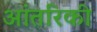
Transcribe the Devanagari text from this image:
आंतरिकी